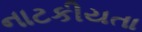
નાટકીયતા